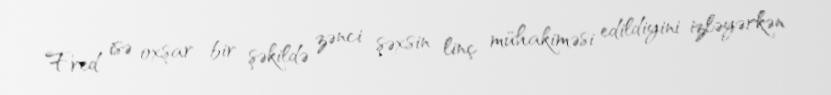
Fred isə oxşar bir şəkildə zənci şəxsin linç mühakiməsi edildiyini izləyərkən